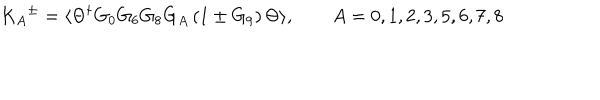
LaTeX: { K _ { A } } ^ { \pm } = \langle \Theta ^ { \dagger } G _ { 0 } G _ { 6 } G _ { 8 } G _ { A } \left( 1 \pm G _ { 9 } \right) \Theta \rangle , \qquad A = 0 , 1 , 2 , 3 , 5 , 6 , 7 , 8